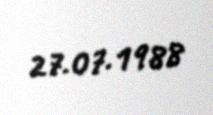
27.07.1988